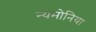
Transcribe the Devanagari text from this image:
न्यमोनिया